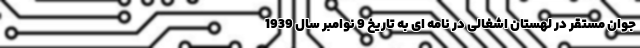
جوان مستقر در لهستان اشغالی در نامه ای به تاریخ 9 نوامبر سال 1939